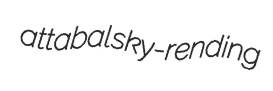
attabal sky-rending